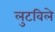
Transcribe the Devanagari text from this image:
लुटविले